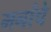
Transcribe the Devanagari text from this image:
मनांचे